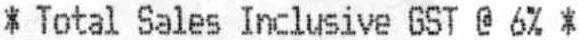
* TOTAL SALES INCLUSIVE GST @ 6% *